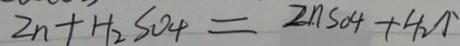
2 n + H _ { 2 } S O _ { 4 } = 2 n S O _ { 4 } + H _ { 2 } \uparrow